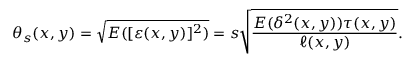
\theta _ { s } ( x , y ) = \sqrt { E ( [ \varepsilon ( x , y ) ] ^ { 2 } ) } = s \sqrt { \frac { E ( \delta ^ { 2 } ( x , y ) ) \tau ( x , y ) } { \ell ( x , y ) } } .